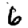
Digit: 6